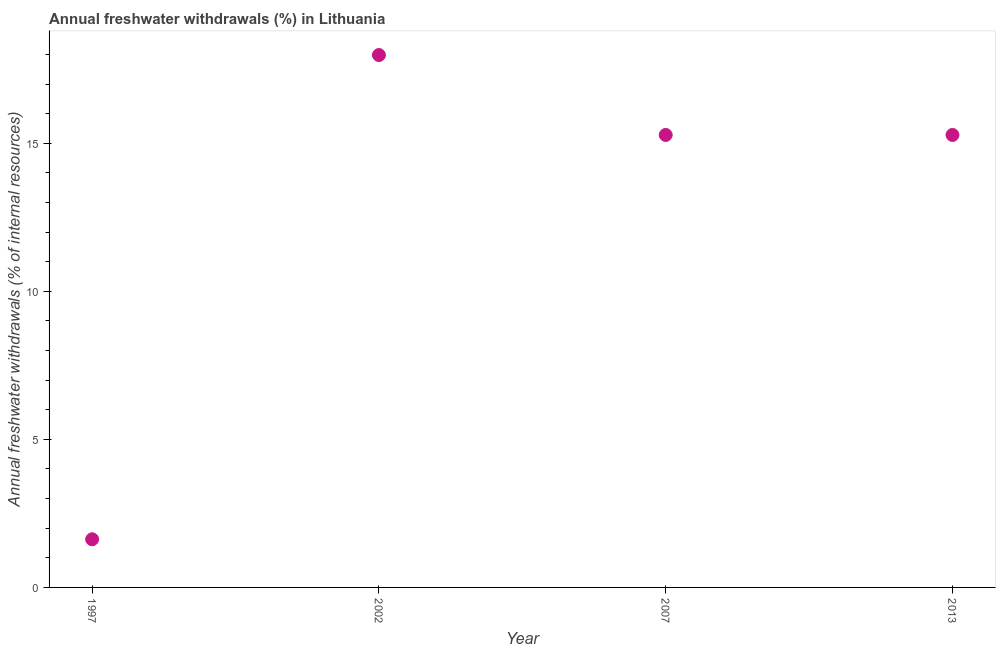
| Year | Annual freshwater withdrawals |
 | --- | --- |
 | 1997 | 1.63 |
 | 2002 | 18 |
 | 2007 | 15.3 |
 | 2013 | 15.3 |